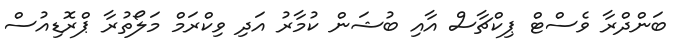
ބަންދްރާ ވެސްޓް ޕިކްޗާސް އާއި ބުޝަން ކުމާރު އަދި ވިކްރަމް މަލޯތުރާ ޕްރޮޑިއުސް